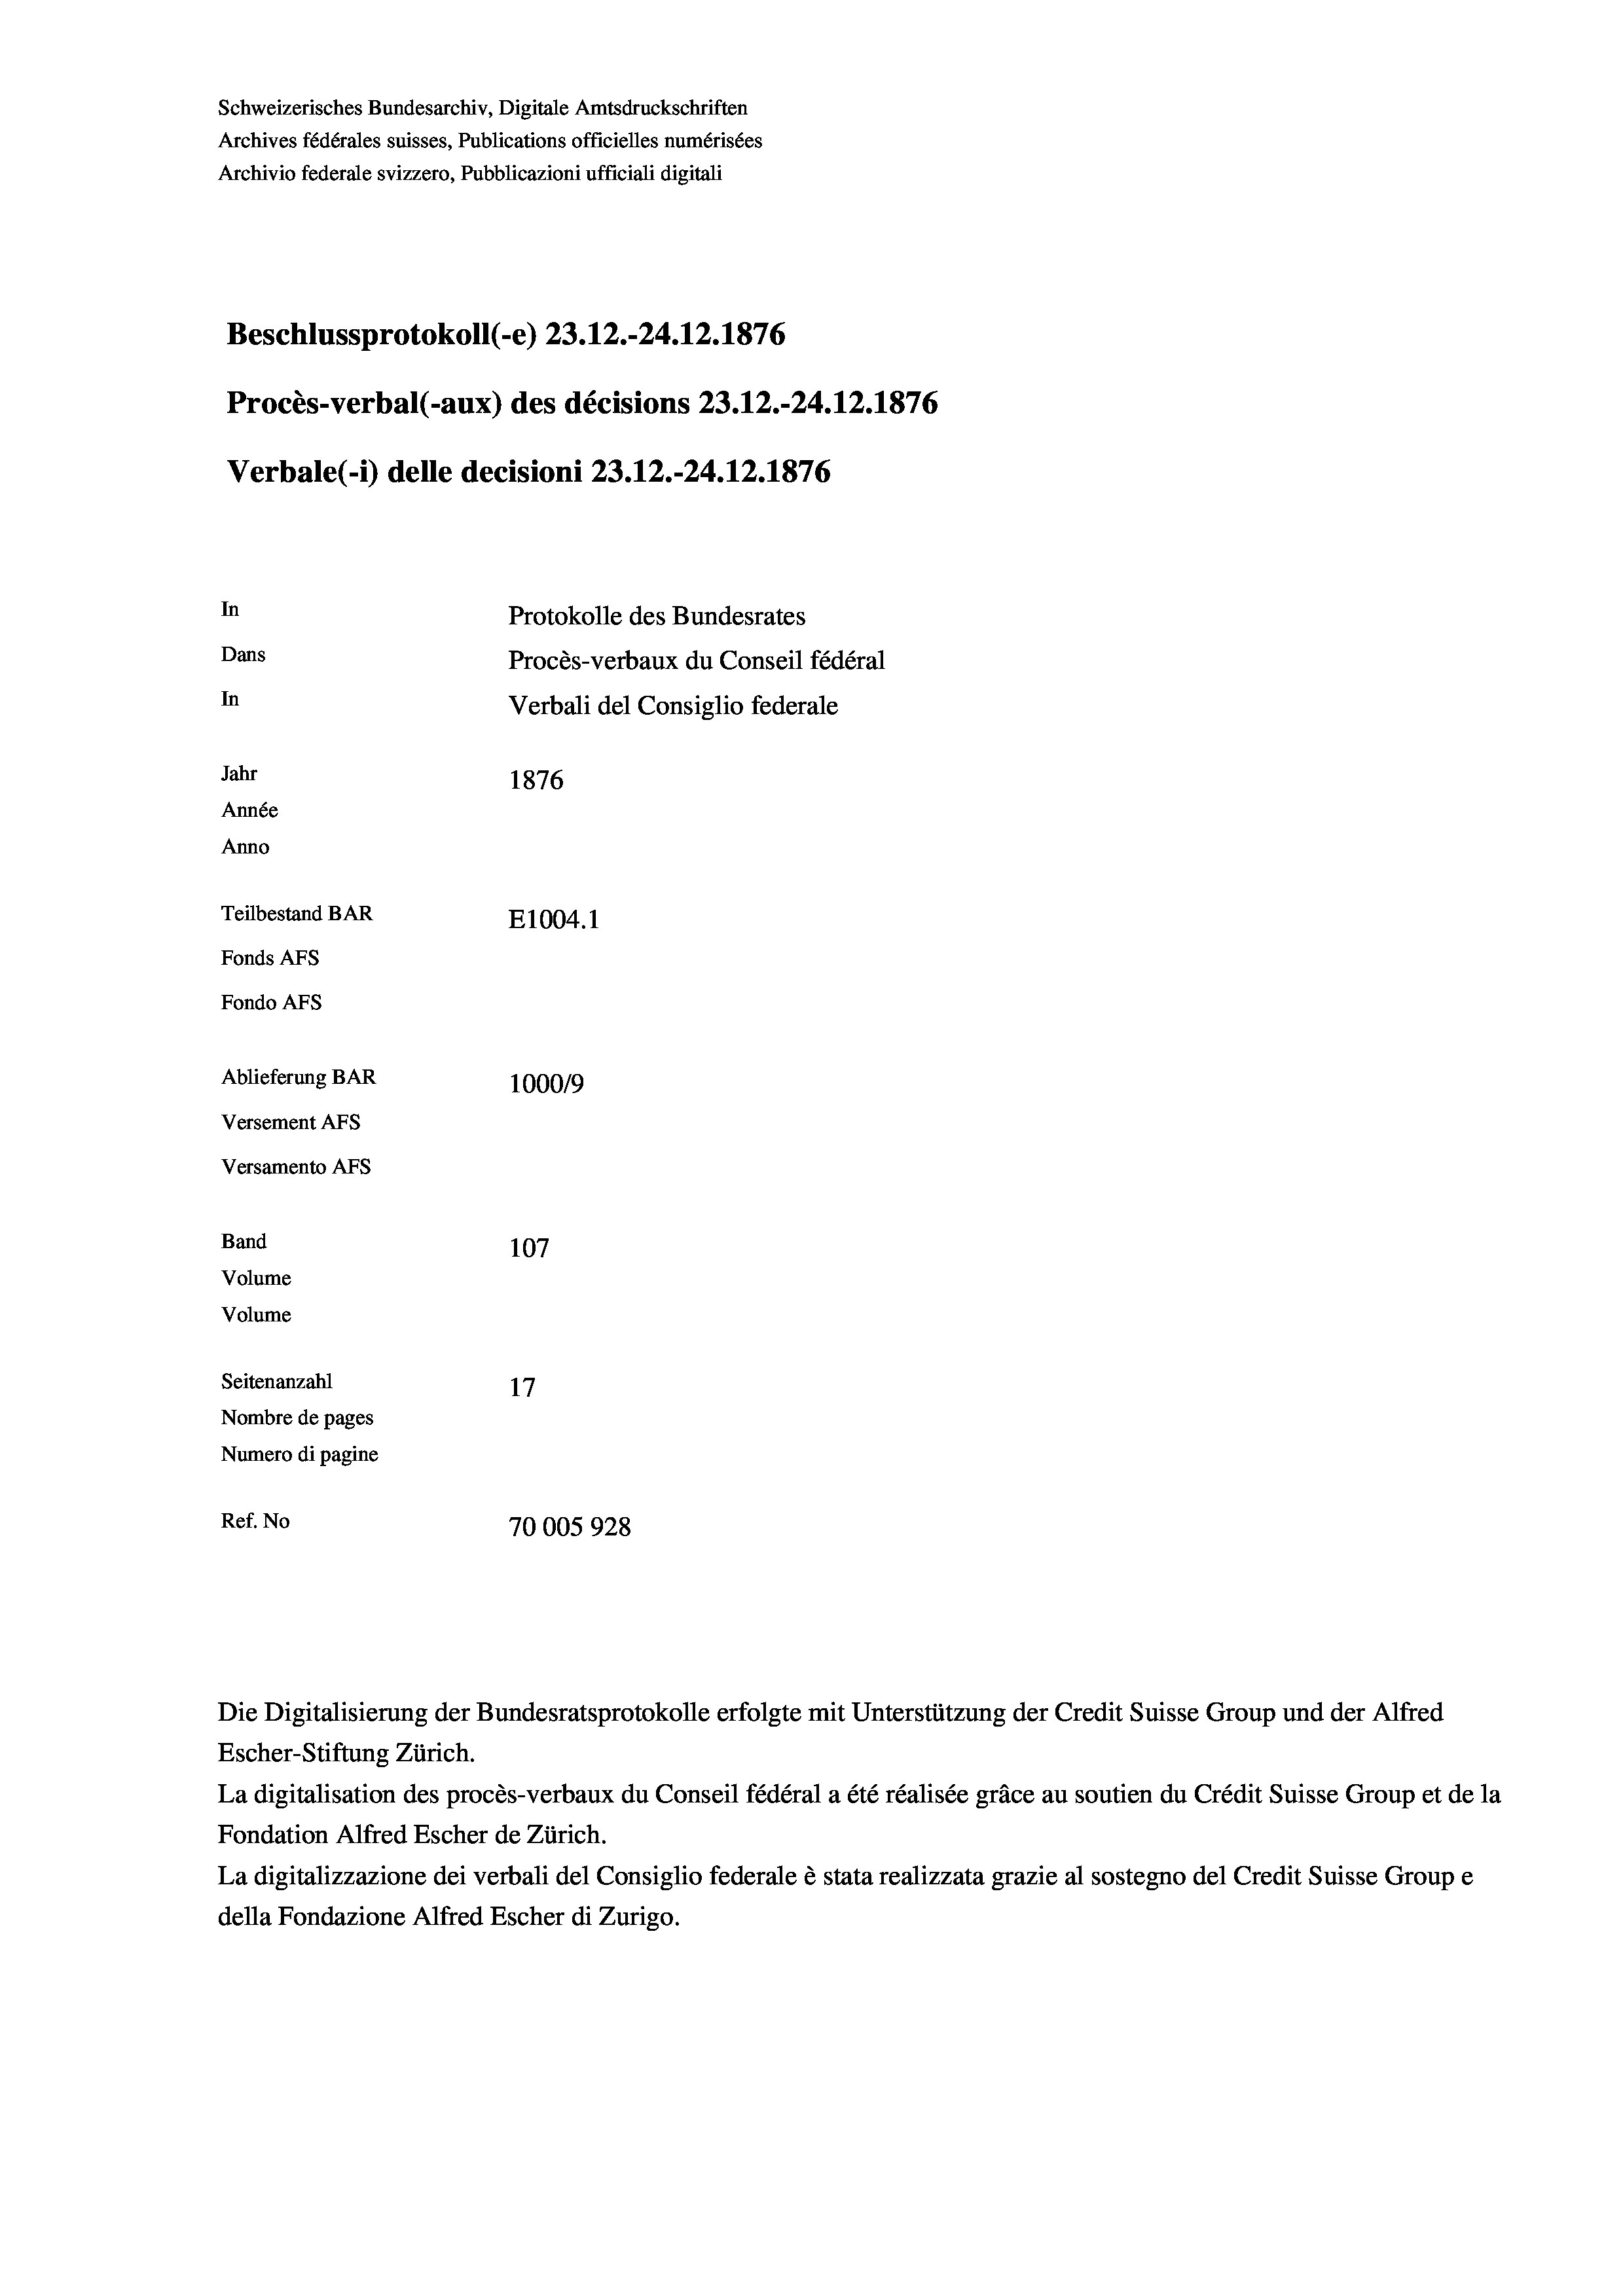
Schweizerisches Bundesarchiv, Digitale Amtsdruckschriften
Archives fédérales suisses, Publications officielles numérisées
Archivio federale svizzero, Pubblicazioni ufficiali digitali
Beschlussprotokoll (-e) 23.12.-24.12.1876
Procès-verbal (-aux) des décisions 23.12.-24.12.1876
Verbale (i) delle decisioni 23.12.-24.12.1876
In
Protokolle des Bundesrates
Dans
Procès-verbaux du Conseil fédéral
In
Verbali del Consiglio federale
Jahr
1876
Année
Anno
Teilbestand BAR
E1004.1
Fonds AFs
Fondo Afs
Ablieferung BAR
100019
Versement AFs
Versamento Afs
Band
107
Volume

Seitenanzahl
17
Nombre de pages
Numero di pagine
Ref. No
70005928

Volume

Escher-Stiftung Zürich.
La digitalisation des procès-verbaux du Conseil fédéral a été réalisée gräce au soutien du Crédit Suisse Group et de la
Fondation Alfred Escher de Zürich.
La digitalizzazione dei verbali del Consiglio federale è stata realizzata grazie al sostegno del Credit Suisse Groupe
della Fondazione Alfred Escher di Zurigo.

Die Digitalisierung der Bundesratsprotokolle erfolgte mit Unterstützung der Credit Suisse Group und der Alfred